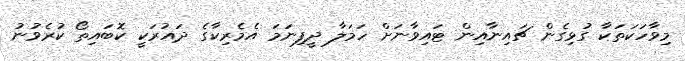
މިވާހަކަތަކާ ގުޅިގެން ޗައިނާއިން ޓައިވާނަށް ހަމަލާ ދީފިނަމަ އެމެރިކާގެ ދައުރަކީ ކޮބައިތޯ ކުރެވުނު